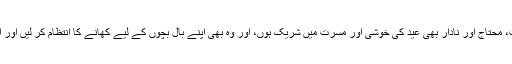
صدقہ فطر کا مقصد یہ ہے کہ غریب، محتاج اور نادار بھی عید کی خوشی اور مسرت میں شریک ہوں، اور وہ بھی اپنے بال بچوں کے لیے کھانے کا انتظام کر لیں اور انہیں دردر کی خاک چھاننی نہ پڑے۔